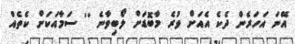
އޭނަ އަހަރެން ދެކެ އެއަށް ވުރެ މާބޮޑަށް ލޯބިވާނެ '' ސަމާއަކަށް ކެތެއް